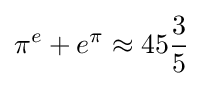
\pi ^{e}+e^{\pi }\approx 45{\frac {3}{5}}